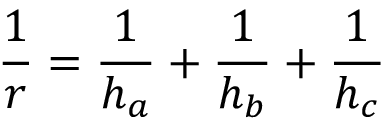
{ \frac { 1 } { r } } = { \frac { 1 } { h _ { a } } } + { \frac { 1 } { h _ { b } } } + { \frac { 1 } { h _ { c } } }